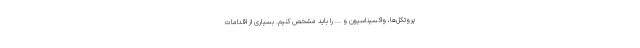
پروتکل‌ها، واکسیناسیون و ... را باید مشخص کنیم. بسیاری از اقدامات